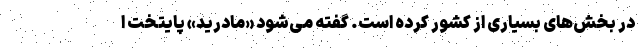
در بخش‌های بسیاری از کشور کرده است. گفته می‌شود «مادرید» پایتخت ا